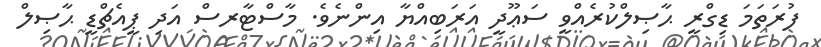
ފުރަތަމަ ޑިގްރީ ޙާޞިލްކުރެއްވީ ސަޢޫދީ އަރަބިއްޔާ އިންނެވެ. މާސްޓާރސް އަދި ޕީއެޗްޑީ ޙާޞިލް